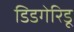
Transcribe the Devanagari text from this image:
डिडगेरिडू